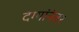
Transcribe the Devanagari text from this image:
दंग्यांनंतर